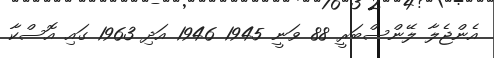
އެންޖެލާ ލޭންސްބަރީ 88 ވަނީ 1945 1946 އަދި 1963 ގައި އޮސްކާ